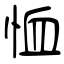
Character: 恤